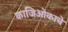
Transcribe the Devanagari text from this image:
काजिओकाचे